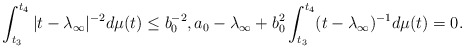
\begin{align*}\int_{t_3}^{t_4}|t-\lambda_\infty|^{-2} d\mu(t)\leq b_0^{-2}, a_0-{\lambda_\infty} +b_0^2\int_{t_3}^{t_4} (t-{\lambda_\infty})^{-1}d\mu(t)=0.\end{align*}